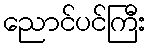
ညောင်ပင်ကြီး